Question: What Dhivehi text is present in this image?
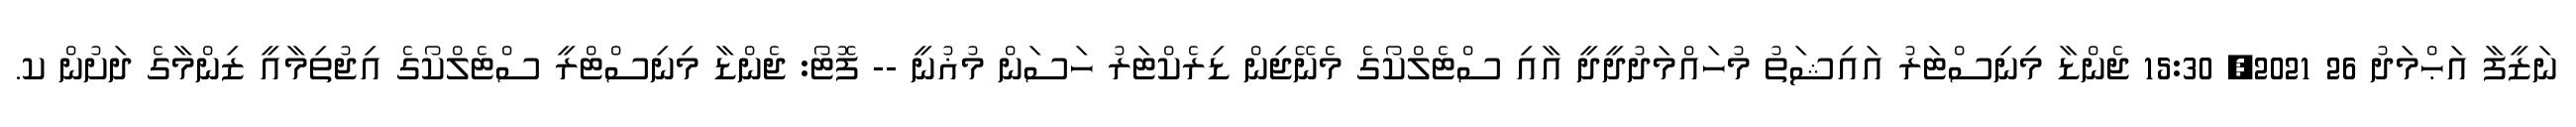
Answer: ނަޒީފާ އަޙްމަދު 26 2021, 15:30 ޖެންޑާ މިނިސްޓަރު އައިޝަތު މުހައްމަދުދީދީ އާއި ސްޓެލްކޯގެ މެނޭޖިން ޑިރެކްޓަރު ހަސަން މުޣުނީ -- ފޮޓޯ: ޖެންޑާ މިނިސްޓްރީ ސްޓެލްކޯގެ އިޖުތިމާއީ ޒިންމާގެ ދަށުން ކ.